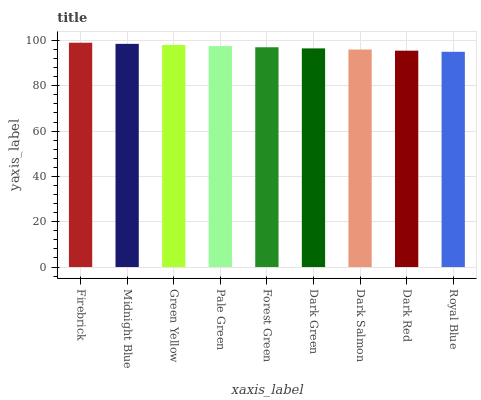
| xaxis_label | bars |
 | --- | --- |
 | Firebrick | 99 |
 | Midnight Blue | 98.5 |
 | Green Yellow | 98 |
 | Pale Green | 97.5 |
 | Forest Green | 97 |
 | Dark Green | 96.5 |
 | Dark Salmon | 96 |
 | Dark Red | 95.5 |
 | Royal Blue | 95 |